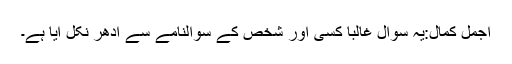
اجمل کمال:یہ سوال غالباً کسی اور شخص کے سوالنامے سے اِدھر نکل آیا ہے۔